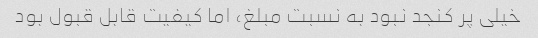
خیلی پر کنجد نبود به نسبت مبلغ، اما کیفیت قابل قبول بود